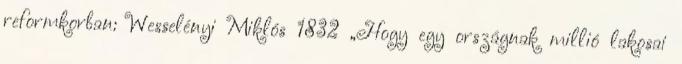
reformkorban: Wesselényi Miklós 1832 „Hogy egy országnak millió lakosai